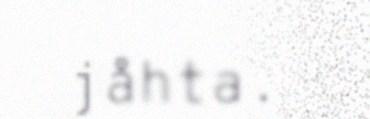
jåhta.